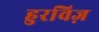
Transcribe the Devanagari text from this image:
हुरविज़